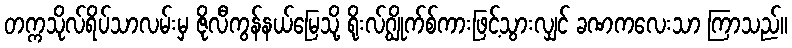
တက္ကသိုလ်ရိပ်သာလမ်းမှ ဇိုလီကွန်နယ်မြေသို့ ရိုးလ်ဂျွိုက်စ်ကားဖြင့်သွားလျှင် ခဏကလေးသာ ကြာသည်။